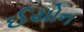
ઈયોન